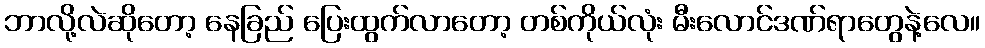
ဘာလို့လဲဆိုတော့ နေခြည် ပြေးထွက်လာတော့ တစ်ကိုယ်လုံး မီးလောင်ဒဏ်ရာတွေနဲ့လေ။